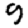
Digit: 9